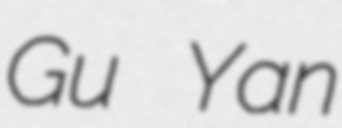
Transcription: Gu Yan